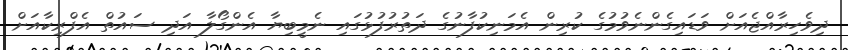
ދިވެހިރާއްޖެއަށް ވަޑައިގެންނެވުމުގެ ކުރިން އެމަނިކުފާނުގެ ދަތުރުފުޅުގައި ނެމީބިޔާ އެންގޯލާ އަދި ސައުތް އެފްރިކާއަށް